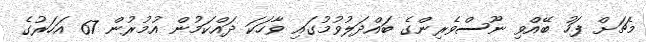
މެޗަށް ފަހު ބޭއްވި ނޫސްވެރިންގެ ބައްދަލުވުމުގައި ވާހަކަ ދައްކަމުން އުމުރުން 67 އަހަރުގެ